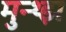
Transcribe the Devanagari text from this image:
मुन्थ्झ